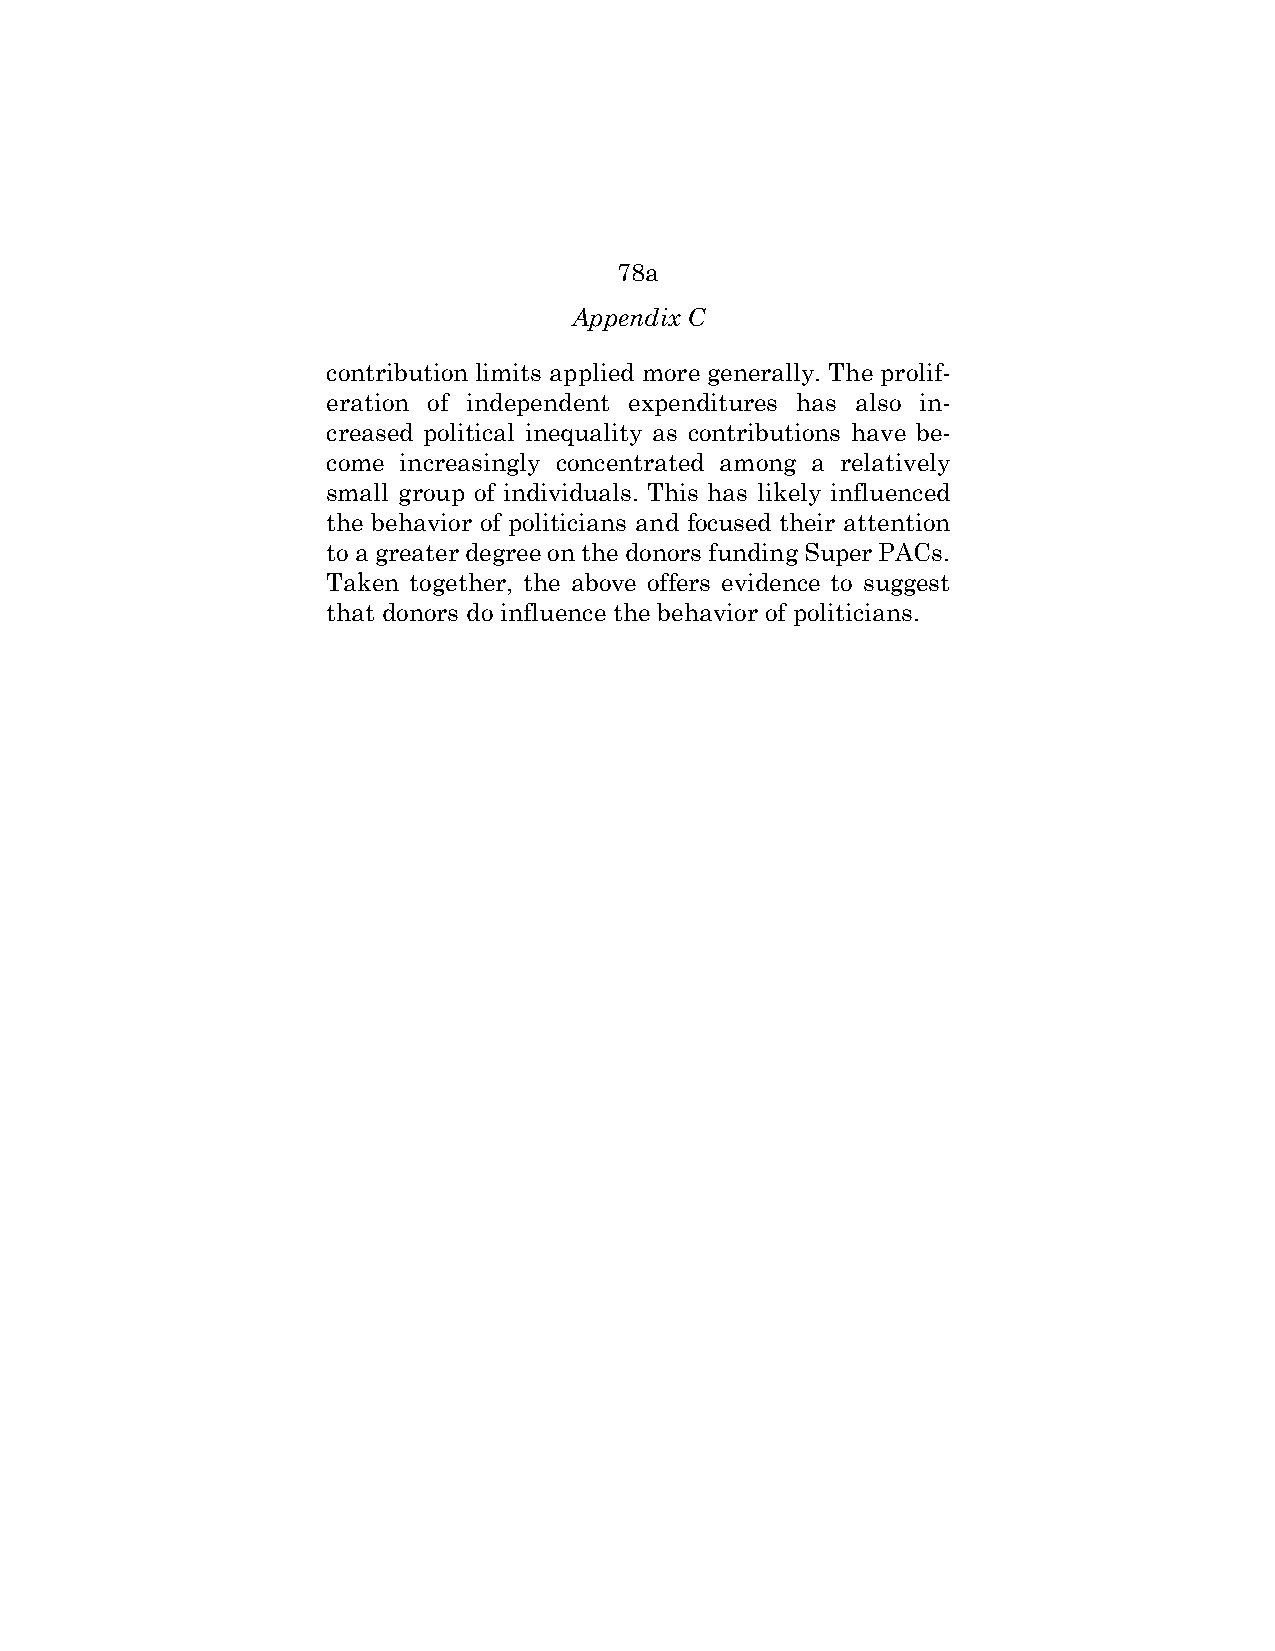
78a
 Appendix C
 contribution limits applied more generally. The prolif-
 eration of independent expenditures has also in-
 creased political inequality as contributions have be-
 come increasingly concentrated among a relatively
 small group of individuals. This has likely influenced
 the behavior of politicians and focused their attention
 to a greater degree on the donors funding Super PACs.
 Taken together, the above offers evidence to suggest
 that donors do influence the behavior of politicians.